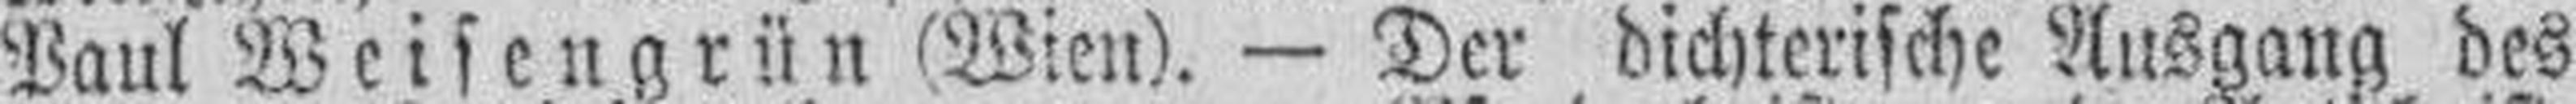
Paul Weinsengrün (Wien). — Der dichterische Ausgang des